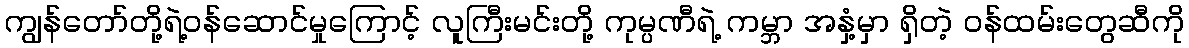
ကျွန်တော်တို့ရဲ့ဝန်ဆောင်မှုကြောင့် လူကြီးမင်းတို့ ကုမ္ပဏီရဲ့ ကမ္ဘာ အနှံ့မှာ ရှိတဲ့ ဝန်ထမ်းတွေဆီကို